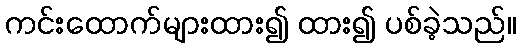
ကင်းထောက်များထား၍ ထား၍ ပစ်ခဲ့သည်။